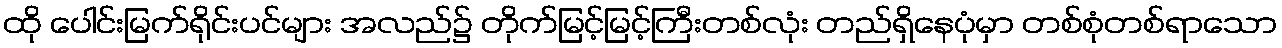
ထို ပေါင်းမြက်ရိုင်းပင်များ အလည်၌ တိုက်မြင့်မြင့်ကြီးတစ်လုံး တည်ရှိနေပုံမှာ တစ်စုံတစ်ရာသော